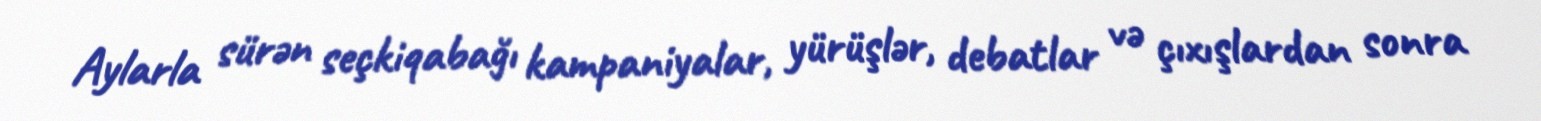
Aylarla sürən seçkiqabağı kampaniyalar, yürüşlər, debatlar və çıxışlardan sonra